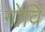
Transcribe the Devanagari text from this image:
गोवि